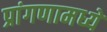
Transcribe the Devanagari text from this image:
प्रांगणामध्ये